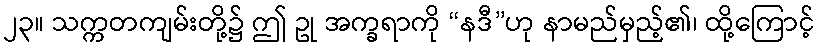
၂၃။ သက္ကတကျမ်းတို့၌ ဤ ဥု အက္ခရာကို “နဒီ”ဟု နာမည်မှည့်၏၊ ထို့ကြောင့်